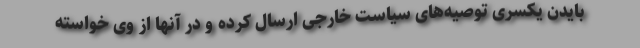
بایدن یکسری توصیه‌های سیاست خارجی ارسال کرده و در آنها از وی خواسته